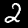
Digit: 2